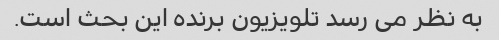
به نظر می رسد تلویزیون برنده این بحث است.